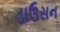
ડાઉસન